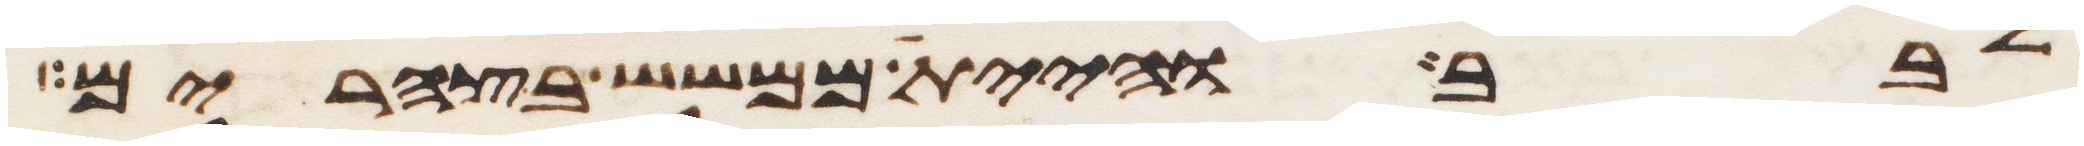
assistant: לבב והיית ממשש בצהרים